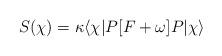
LaTeX: \begin{align*}S(\chi) = \kappa \langle \chi |P[F+\omega]P| \chi \rangle\end{align*}